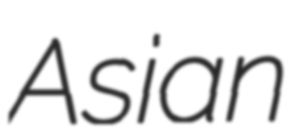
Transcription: Asian